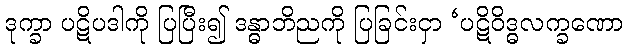
ဒုက္ခာ ပဋိပဒါကို ပြပြီး၍ ဒန္ဓာဘိညကို ပြခြင်းငှာ ‘ပဋိဝိဒ္ဓလက္ခဏော